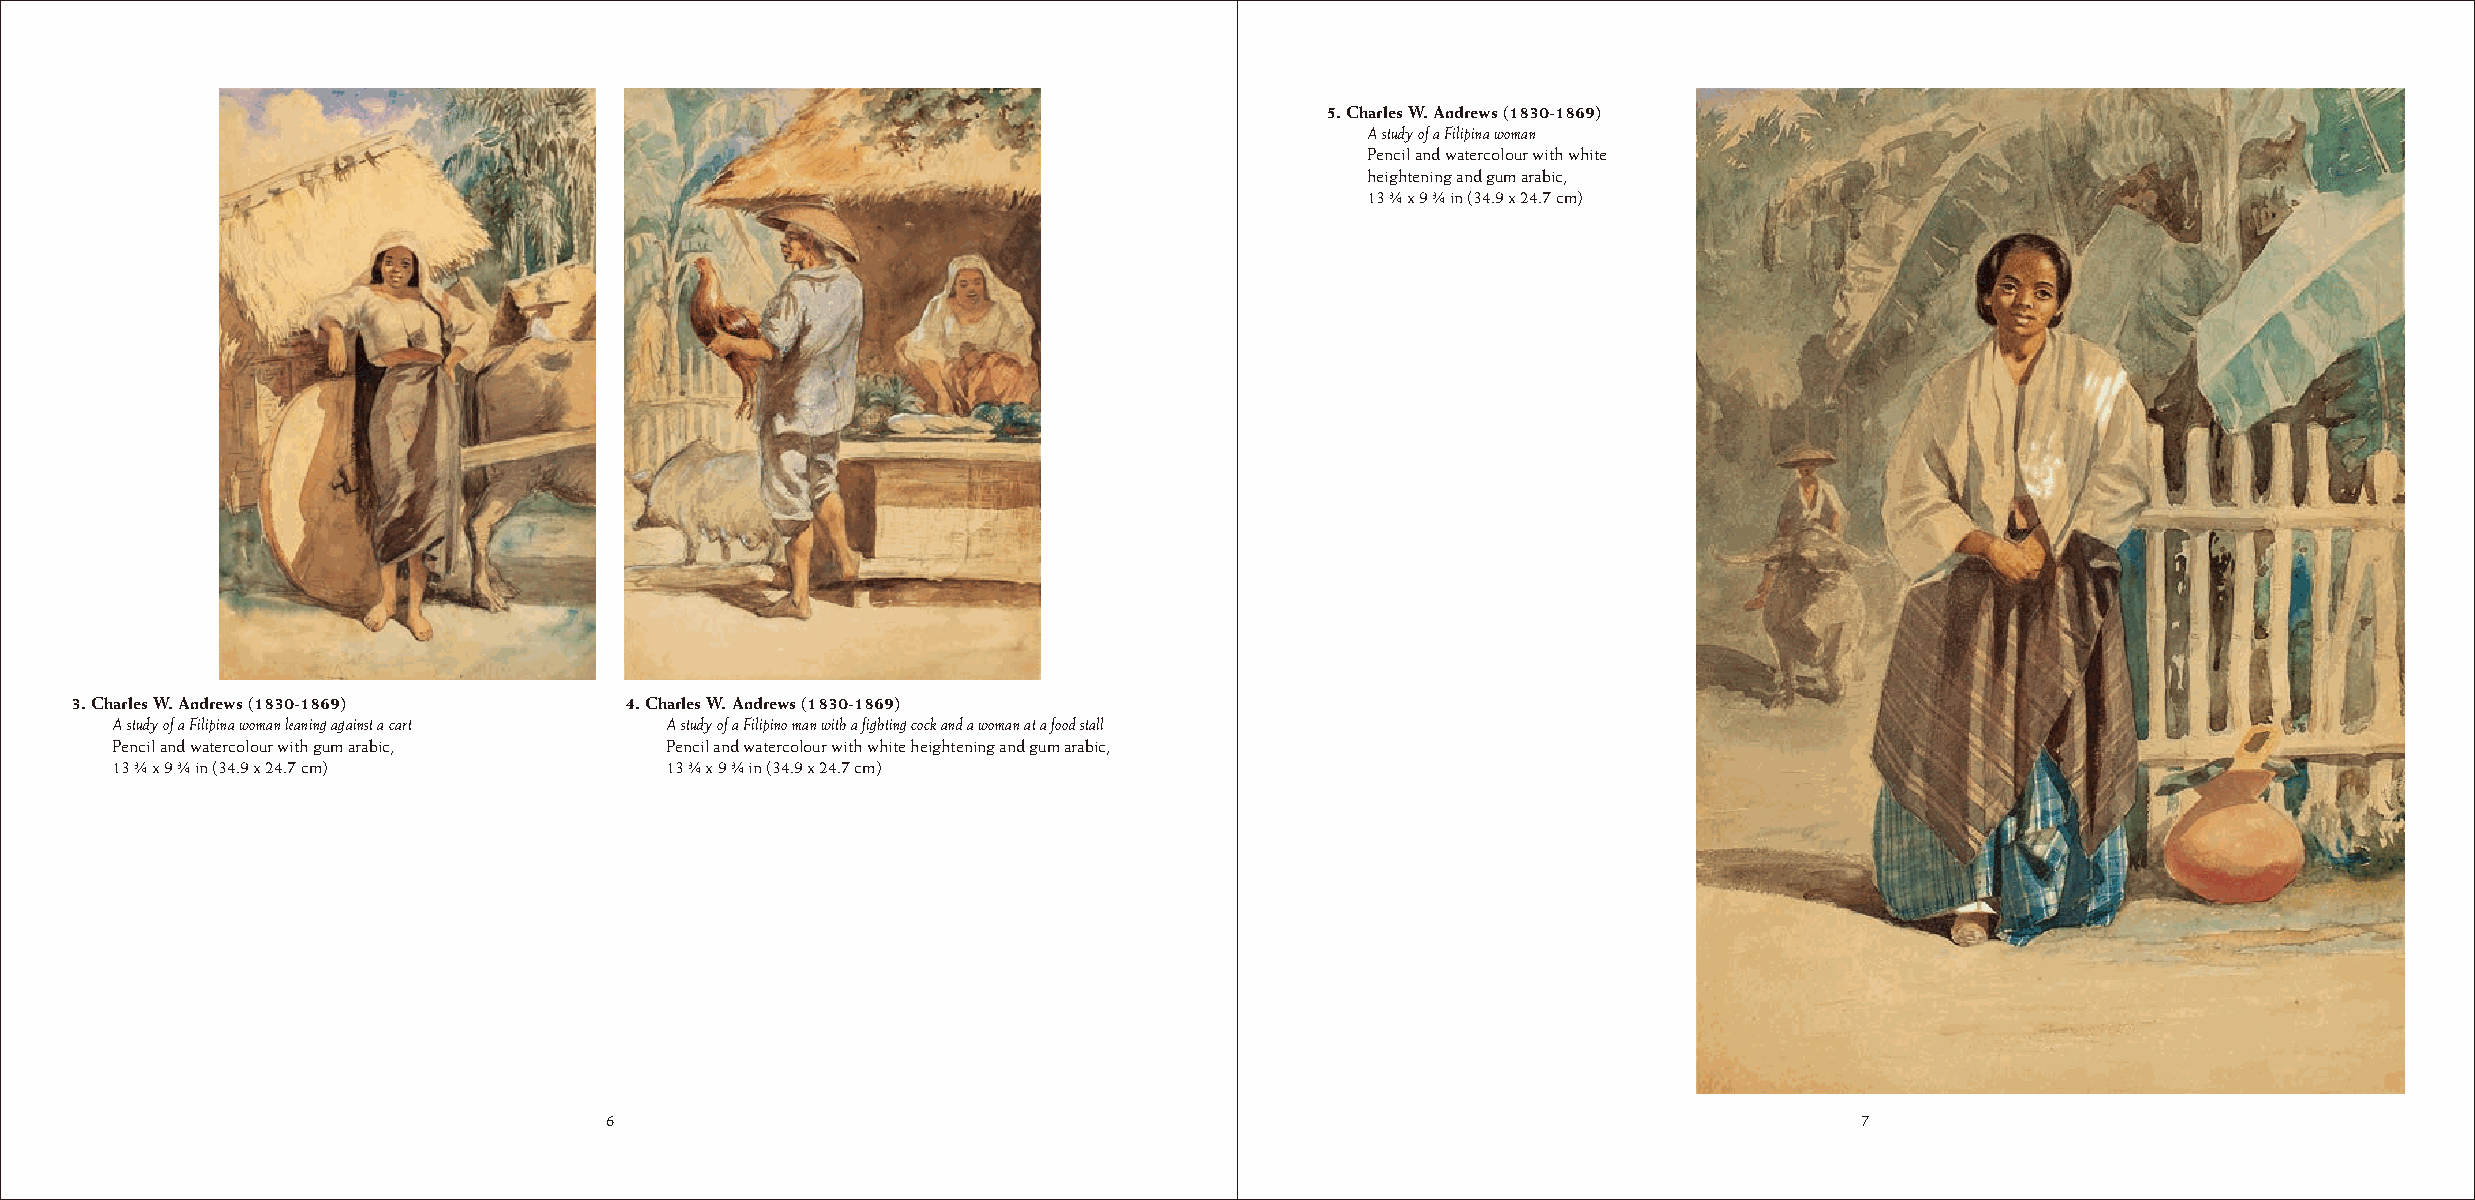
5. Charles W. Andrews (1830-1869)
 A study of a Filipina woman
 Pencil and watercolour with white
 heightening and gum arabic,
 13 ¾ x 9 ¾ in (34.9 x 24.7 cm)
 3. Charles W. Andrews (1830-1869)   4. Charles W. Andrews (1830-1869)
 A study of a Filipina woman leaning against a cart A study of a Filipino man with a fighting cock and a woman at a food stall
 Pencil and watercolour with gum arabic, Pencil and watercolour with white heightening and gum arabic,
 13 ¾ x 9 ¾ in (34.9 x 24.7 cm)       13 ¾ x 9 ¾ in (34.9 x 24.7 cm)
 6                                                                                  7
 6                                                                                  7